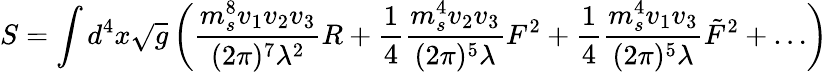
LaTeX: S=\int d^{4}x\sqrt{g}\left({\frac{m_{s}^{8}v_{1}v_{2}v_{3}}{(2\pi)^{7}\lambda^{2}}}R+{\frac{1}{4}}{\frac{m_{s}^{4}v_{2}v_{3}}{(2\pi)^{5}\lambda}}F^{2}+{\frac{1}{4}}{\frac{m_{s}^{4}v_{1}v_{3}}{(2\pi)^{5}\lambda}}\tilde{F}^{2}+\dots\right)